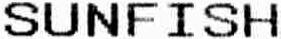
SUNFISH